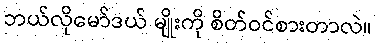
ဘယ်လိုမော်ဒယ် မျိုးကို စိတ်ဝင်စားတာလဲ။